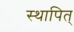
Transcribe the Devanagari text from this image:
स्थापित्